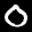
Label: 0